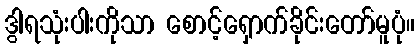
ဒွါရသုံးပါးကိုသာ စောင့်ရှောက်ခိုင်းတော်မူပုံ။